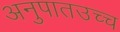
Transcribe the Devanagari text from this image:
अनुपातउच्च